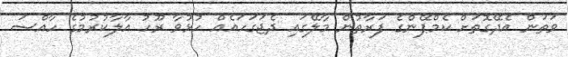
ވަތަން އެދޭގޮތަށް ކެމްޕޭންގެ ފަރާތުން މާލޭގައި ދެޖަގަހައެއް ހުޅުވާ ރޫހު އާލާކުރުމުގެ ހާއްސަ